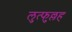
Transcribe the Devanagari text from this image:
लुत्फुल्लह